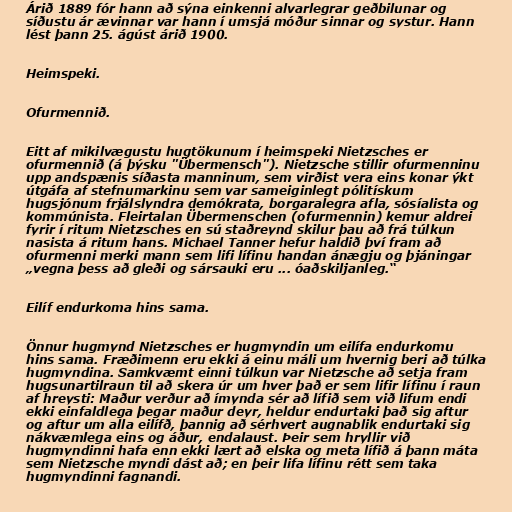
Árið 1889 fór hann að sýna einkenni alvarlegrar geðbilunar og
síðustu ár ævinnar var hann í umsjá móður sinnar og systur. Hann
lést þann 25. ágúst árið 1900.

Heimspeki.

Ofurmennið.

Eitt af mikilvægustu hugtökunum í heimspeki Nietzsches er
ofurmennið (á þýsku "Übermensch"). Nietzsche stillir ofurmenninu
upp andspænis síðasta manninum, sem virðist vera eins konar ýkt
útgáfa af stefnumarkinu sem var sameiginlegt pólitískum
hugsjónum frjálslyndra demókrata, borgaralegra afla, sósíalista og
kommúnista. Fleirtalan Übermenschen (ofurmennin) kemur aldrei
fyrir í ritum Nietzsches en sú staðreynd skilur þau að frá túlkun
nasista á ritum hans. Michael Tanner hefur haldið því fram að
ofurmenni merki mann sem lifi lífinu handan ánægju og þjáningar
„vegna þess að gleði og sársauki eru ... óaðskiljanleg.“

Eilíf endurkoma hins sama.

Önnur hugmynd Nietzsches er hugmyndin um eilífa endurkomu
hins sama. Fræðimenn eru ekki á einu máli um hvernig beri að túlka
hugmyndina. Samkvæmt einni túlkun var Nietzsche að setja fram
hugsunartilraun til að skera úr um hver það er sem lifir lífinu í raun
af hreysti: Maður verður að ímynda sér að lífið sem við lifum endi
ekki einfaldlega þegar maður deyr, heldur endurtaki það sig aftur
og aftur um alla eilífð, þannig að sérhvert augnablik endurtaki sig
nákvæmlega eins og áður, endalaust. Þeir sem hryllir við
hugmyndinni hafa enn ekki lært að elska og meta lífið á þann máta
sem Nietzsche myndi dást að; en þeir lifa lífinu rétt sem taka
hugmyndinni fagnandi.